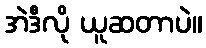
အဲဒီလို ယူဆတာပဲ။